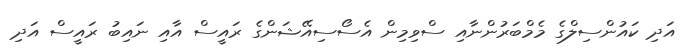
އަދި ކައުންސިލްގެ މެމްބަރުންނާއި ސްވިމިން އެސޯސިއޭޝަންގެ ރައީސް އާއި ނައިބު ރައީސް އަދި